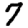
Digit: 7